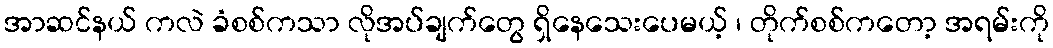
အာဆင်နယ် ကလဲ ခံစစ်ကသာ လိုအပ်ချက်တွေ ရှိနေသေးပေမယ့် ၊ တိုက်စစ်ကတော့ အရမ်းကို